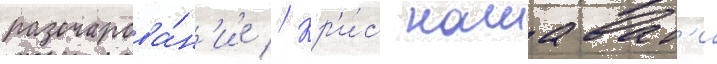
разочарова́н'ие // Кр'и́с нашават'и